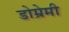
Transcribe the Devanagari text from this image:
डोम्रेमी